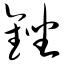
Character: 锉